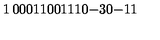
\begin{matrix} { 1 } & { 0 } & { 0 } & { 0 } \\ { 1 } & { 1 } & { 0 } & { 0 } \\ { 1 } & { 1 } & { 1 } & { 0 } \\ { - 3 } & { 0 } & { - 1 } & { 1 } \\ \end{matrix}